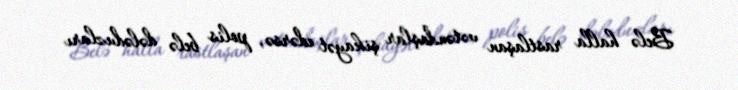
Belə halla rastlaşan vətəndaşlar şikayət edərsə, polis belə dələduzları